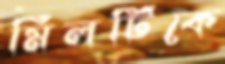
মিলটিকে